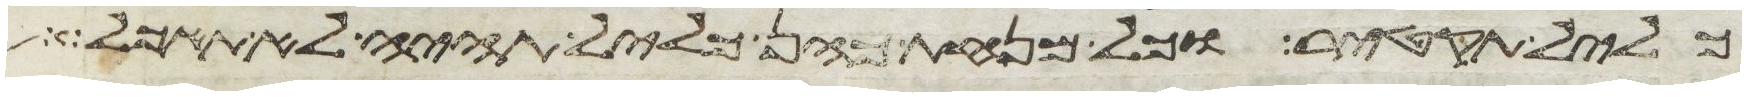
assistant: כליל תקטיר וכל מנחת כהן כליל תהיה לא תאכל